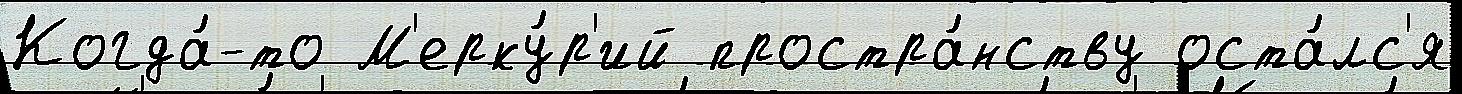
Когда́-то М'ерку́р'ий простра́нству оста́лс'я